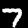
Label: 7